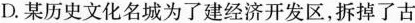
D.某历史文化名城为了建经济开发区，拆掉了古